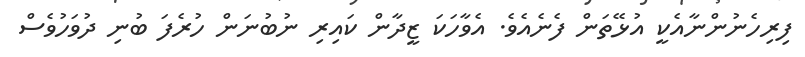
ފިރިހެނުންނާއެކީ އުޅޭތަން ފެނެއެވެ. އެވާހަކަ ޒީދާން ކައިރި ނުބުނަން ހުރެފަ ބުނި ދުވަހުވެސް